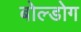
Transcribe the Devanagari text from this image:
बोल्डोग